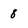
Character: 8